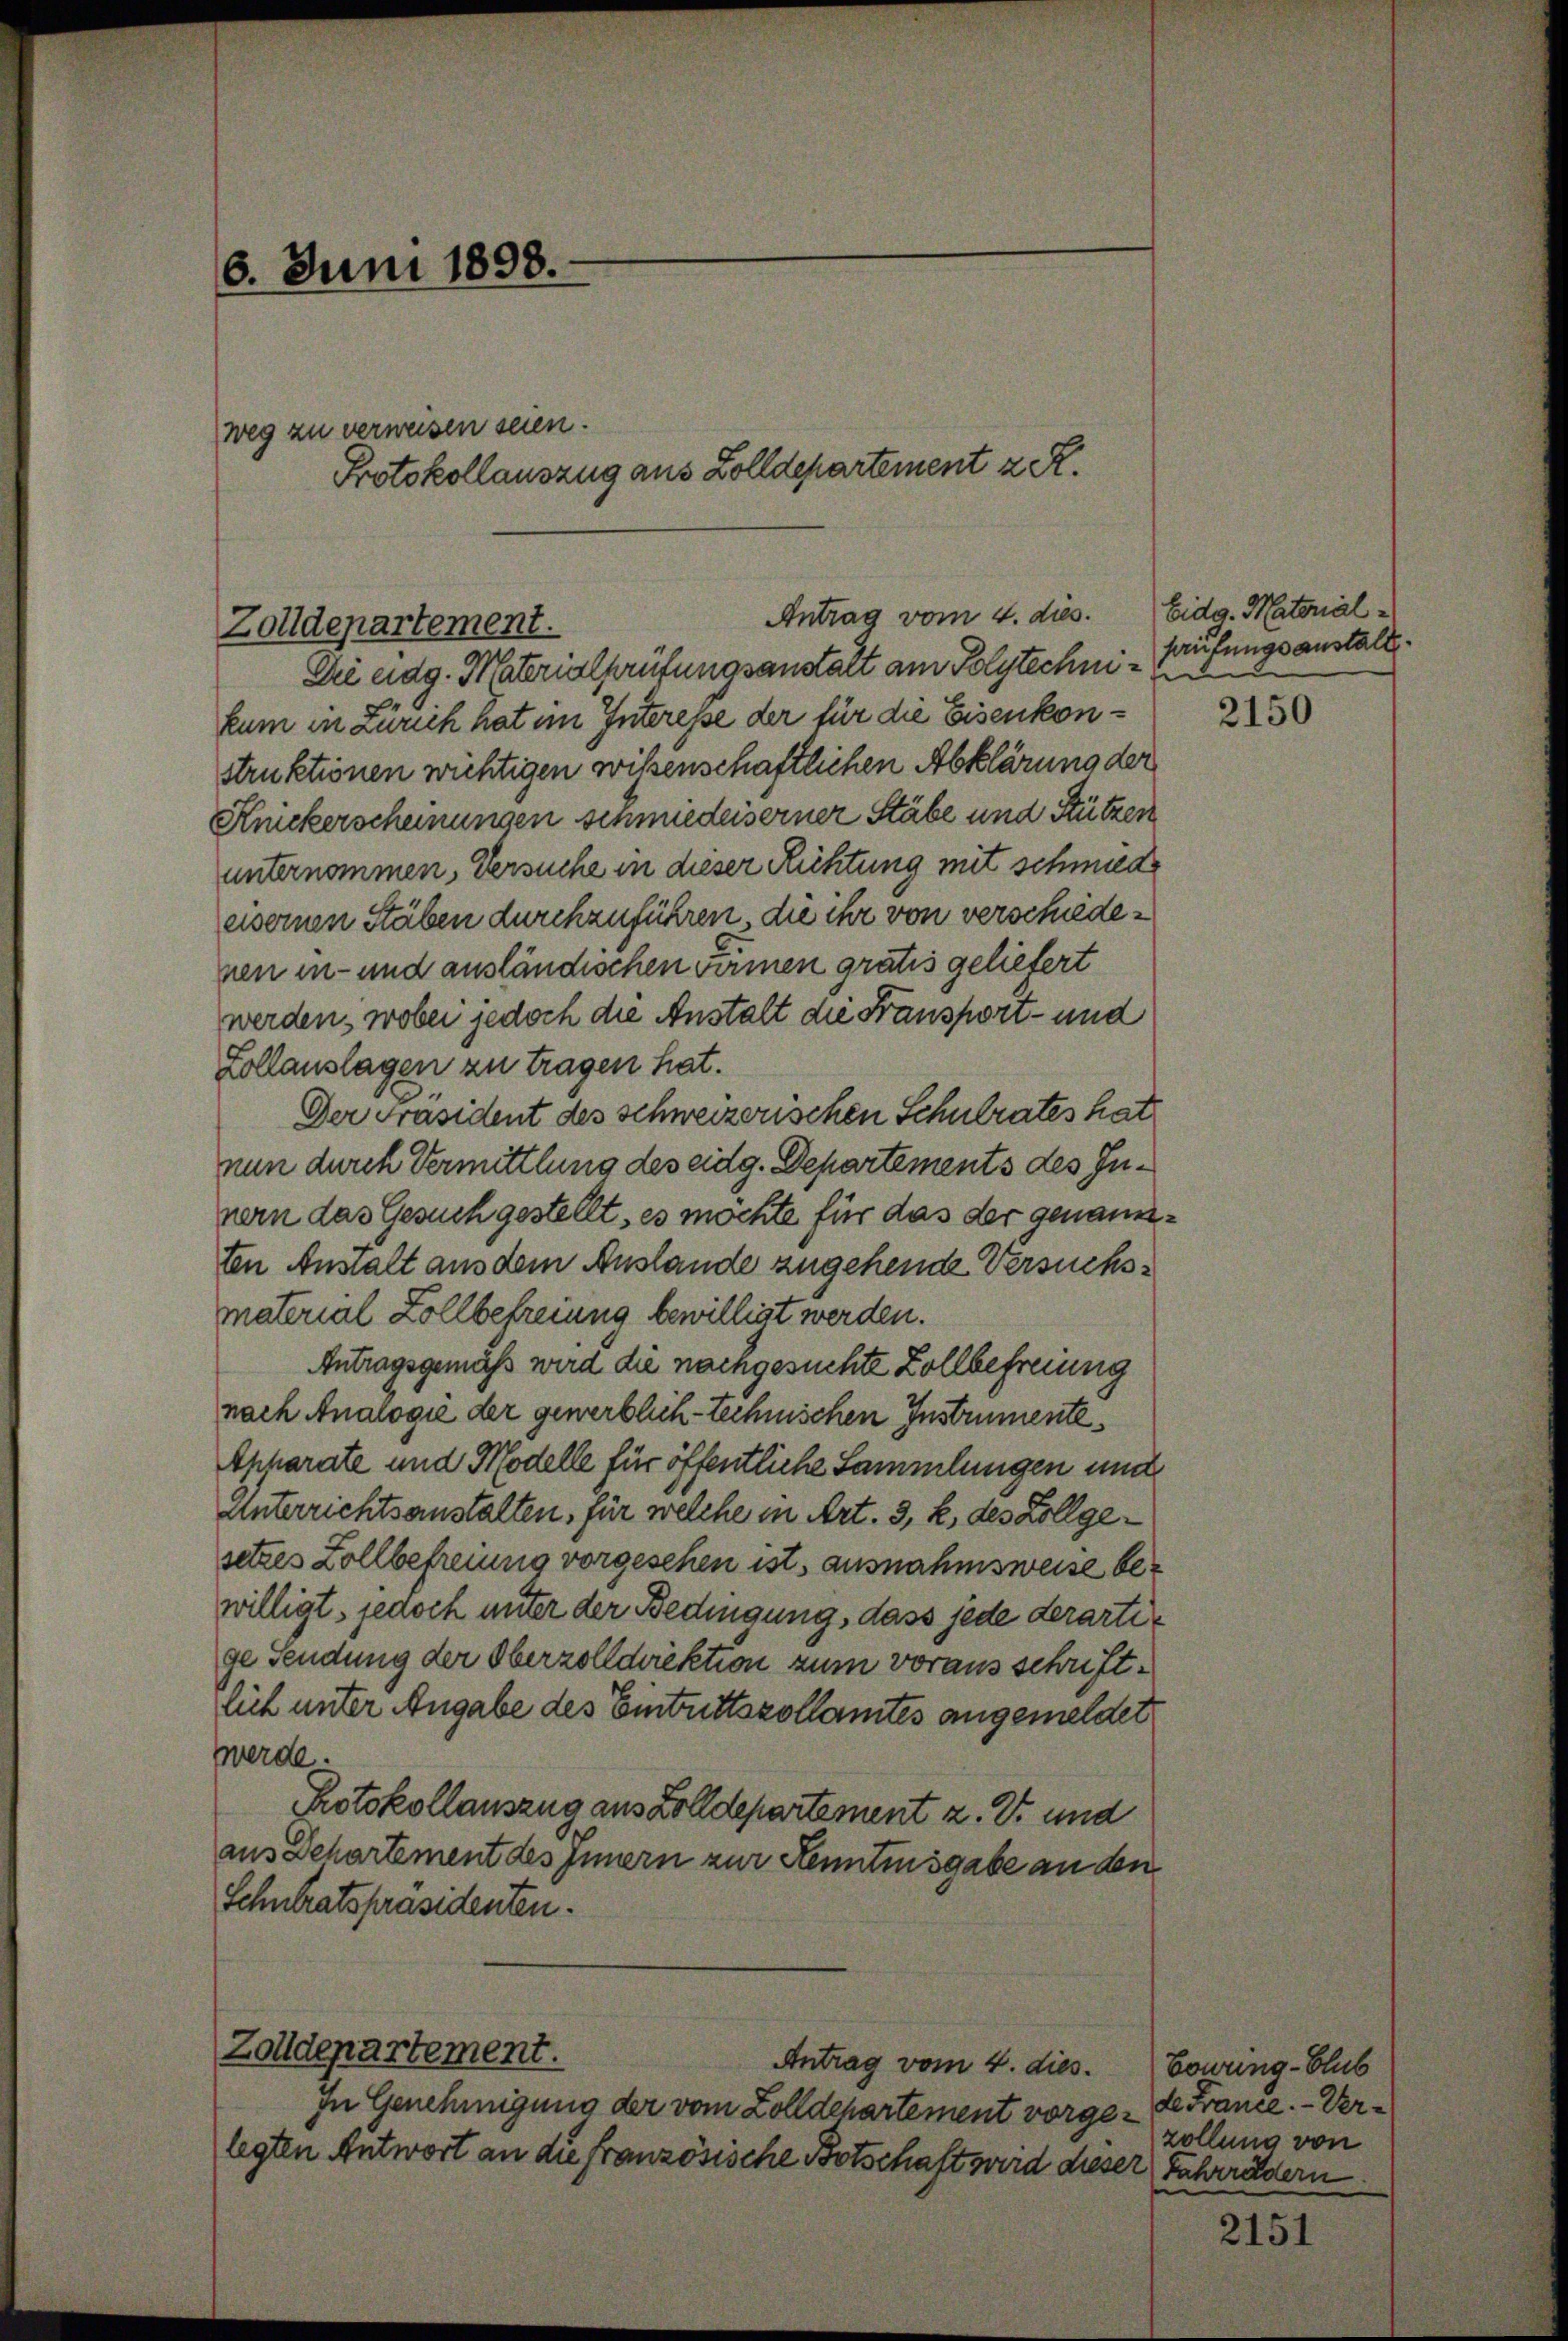
6. Juni 1898.

weg zu verweisen seien.

Protokollauszug aus Zolldepartement z. R.

Zolldepartement.

Antrag vom 4. dies

Die eidg. Materialprüfungsanstalt am Polytechni
kum in Zürich hat im Interesse der für die Eisenkonstruktionen wichtigen wißenschaftlichen Abklärung der
Knickerscheinungen sinmiederserner Stäbe und Stützen
unternommen, Versuche in dieser Richtung mit schmiede
eisernen Stäben durchzuführen, die ihr von verschiedenen in- und ausländischen wärmen gratis geliefert
werden, wobei jedoch die Anstalt die Fransport- und
Kollauslagen zu tragen hat.
Der Präsident des schweizerischen Schulrates hat
nun durch Vermittlung des eidg. Departements des Innern das Gesuch gestellt, es möchte für das der genannten Anstalt aus dem Anstande zugehende Versuchsmaterial Zollbefreiung bewilligt werden.
Antragsgemäß wird die nachgesuchte Zollbefreiung
nach Analogie der gewerblich-technischen Instrumente
Apparate und Modelle für öffentliche Sammlungen und
Unterrichtsanstalten, für welche in Art. 3, k. des Zollgesetzes Zollbefreiung vorgesehen ist, ausnahmsweise bewilligt, jedoch unter der Bedingung, dass jede derartige Sendung der Oberzolldirektion zum vorausschriftlich unter Angabe des Eintrittszollamtes angemeldet
werde.
Protokollauszug aus Zolldepartement z. Er und
aus Departement des Innern zur Kenntnisgabe an den
Schulratspräsidenten.

Zolldepartement.

Antrag vom 4. dies
In Genehmigung der vom Zolldepartement vorgelegten Antwort an die französische Botschaftsweid dieser Fahrrädern

Eidg. Material
faufungsanstalt.

2150

Cowing-Club
de France. — Ver-
zollung von

2151